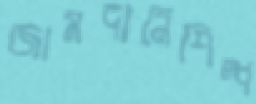
জামদানিশিল্প